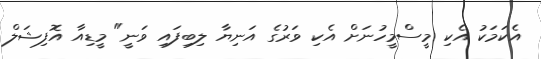
އެކަމަކު އެކި މީސްމީހުނަށް އެކި ވަރުގެ އަނިޔާ ލިބިފައި ވަނީ" މީޑިއާ އޮފިޝަލް